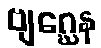
ဗျဂ္ဃေန